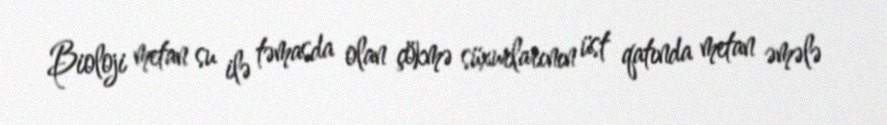
Bioloji metan su ilə təmasda olan çökmə süxurlarının üst qatında metan əmələ